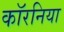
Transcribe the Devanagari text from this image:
कॉरनिया